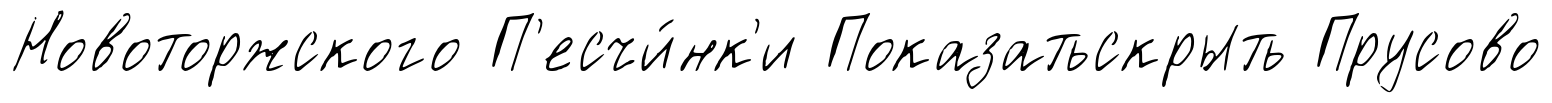
Новоторжского П'есчи́нк'и Показатьскрыть Прусово